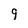
Character: 9